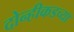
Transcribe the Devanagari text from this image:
दोन्हीकडच्या